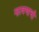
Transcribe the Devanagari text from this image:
न्हावणाची